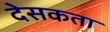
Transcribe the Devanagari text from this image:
देसकता